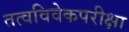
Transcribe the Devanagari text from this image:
तत्वविवेकपरीक्षा